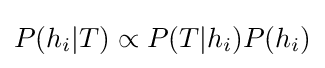
P(h_{i}|T)\propto P(T|h_{i})P(h_{i})